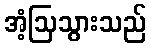
အံ့ဩသွားသည်